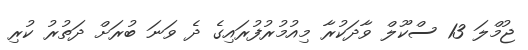
ޖުމްލަ 13 ސްކޫލް ވާދަކުރާ މިއުމުރުފުރައިގެ ދެ ވަނަ ބުރަށް ދަތުރު ކުރި